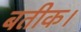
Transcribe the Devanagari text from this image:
बतीक।